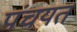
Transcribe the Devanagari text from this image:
पंचयत